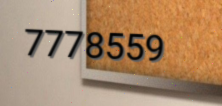
7778559